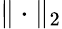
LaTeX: \| \cdot\| _{2}